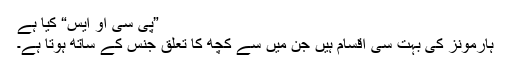
”پی سی او ایس“ کیا ہے
ہارمونز کی بہت سی اقسام ہیں جن میں سے کچھ کا تعلق جنس کے ساتھ ہوتا ہے۔